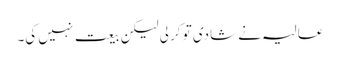
عالیہ نے شادی تو کر لی لیکن بیعت نہیں کی۔